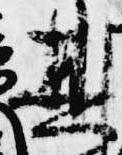
其